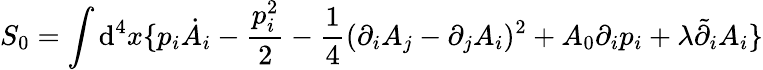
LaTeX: S_{0}=\int\mathrm{d}^{4}x\{ p_{i}\dot{{A}}_{i}-\frac{{p_{i}^{2}}}{{2}}-\frac{{1}}{{4}}(\partial_{i}A_{j}-\partial_{j}A_{i})^{2}+A_{0}\partial_{i}p_{i}+\lambda\tilde{{\partial}}_{i}A_{i}\}